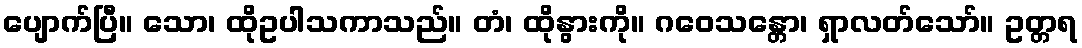
ပျောက်ပြီ။ သော၊ ထိုဥပါသကာသည်။ တံ၊ ထိုနွားကို။ ဂဝေသန္တော၊ ရှာလတ်သော်။ ဥတ္တရ